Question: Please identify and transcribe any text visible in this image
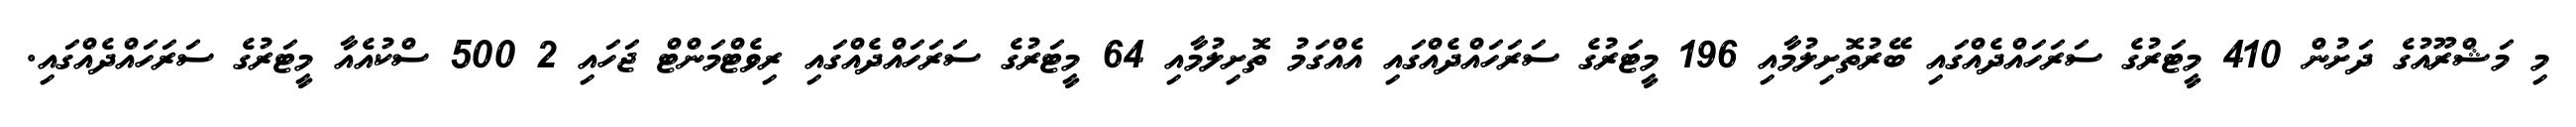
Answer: މި މަޝްރޫއުގެ ދަށުން 410 މީޓަރުގެ ސަރަހައްދެއްގައި ބޭރުތޮށިލުމާއި 196 މީޓަރުގެ ސަރަހައްދެއްގައި އެއްގަމު ތޮށިލުމާއި 64 މީޓަރުގެ ސަރަހައްދެއްގައި ރިވެޓްމަންޓް ޖަހައި 2 500 ސްކުއެއާ މީޓަރުގެ ސަރަހައްދެއްގައި.